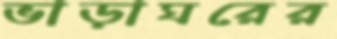
ভাড়াঘরের